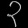
Digit: ၃